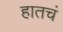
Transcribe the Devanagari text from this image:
हातचं